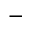
^ -